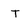
Character: T